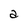
Character: a